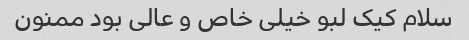
سلام کیک لبو خیلی خاص و عالی بود ممنون